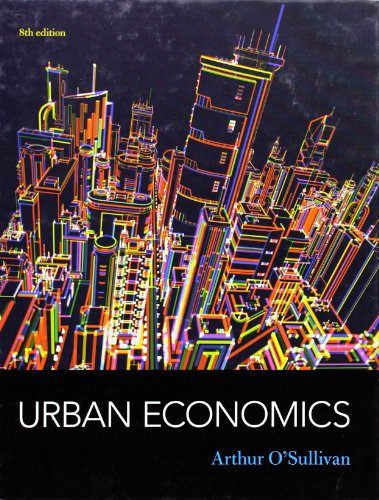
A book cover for Urban Economics; Arthur O'Sullivan; Business & Money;